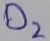
Text: D2